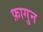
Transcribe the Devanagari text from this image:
फ़ागुन